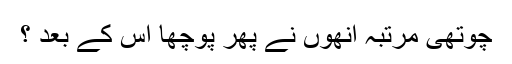
چوتھی مرتبہ انھوں نے پھر پوچھا اس کے بعد ؟